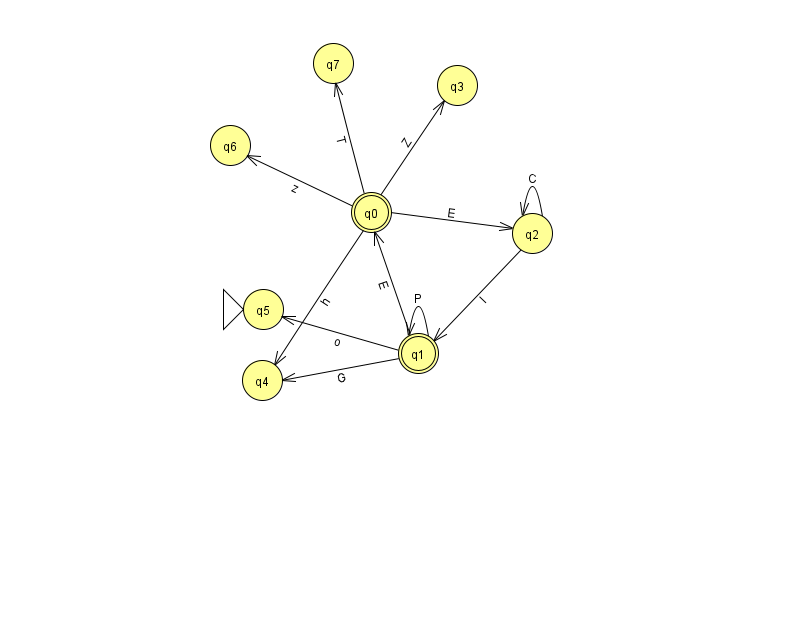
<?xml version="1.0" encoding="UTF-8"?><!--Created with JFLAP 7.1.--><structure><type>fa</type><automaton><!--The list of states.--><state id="0" name="q0"><x>371.0</x><y>199.0</y><final/></state><state id="1" name="q1"><x>418.0</x><y>340.0</y><final/></state><state id="2" name="q2"><x>532.0</x><y>220.0</y></state><state id="3" name="q3"><x>457.0</x><y>72.0</y></state><state id="4" name="q4"><x>262.0</x><y>367.0</y></state><state id="5" name="q5"><x>263.0</x><y>296.0</y><initial/></state><state id="6" name="q6"><x>230.0</x><y>132.0</y></state><state id="7" name="q7"><x>333.0</x><y>50.0</y></state><!--The list of transitions.--><transition><from>1</from><to>1</to><read>P</read></transition><transition><from>0</from><to>2</to><read>E</read></transition><transition><from>1</from><to>0</to><read>E</read></transition><transition><from>2</from><to>2</to><read>C</read></transition><transition><from>0</from><to>4</to><read>h</read></transition><transition><from>0</from><to>7</to><read>T</read></transition><transition><from>0</from><to>6</to><read>z</read></transition><transition><from>0</from><to>3</to><read>Z</read></transition><transition><from>1</from><to>5</to><read>o</read></transition><transition><from>1</from><to>4</to><read>G</read></transition><transition><from>2</from><to>1</to><read>l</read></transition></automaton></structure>